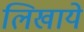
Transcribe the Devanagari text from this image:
लिखाये